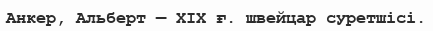
Анкер, Альберт — XIX ғ. швейцар суретшісі.